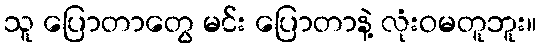
သူ ပြောတာတွေ မင်း ပြောတာနဲ့ လုံးဝမတူဘူး။